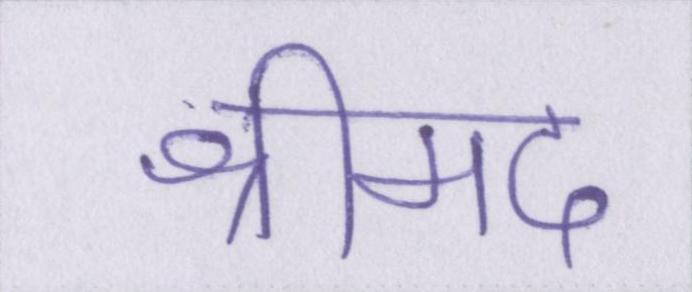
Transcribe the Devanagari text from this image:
श्रीमद